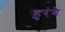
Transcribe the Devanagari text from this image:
हुरंगे